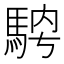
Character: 𩣁